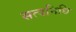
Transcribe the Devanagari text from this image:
सत्वनिधि